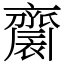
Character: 𪗋